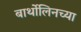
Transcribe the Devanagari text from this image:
बार्थोलिनच्या